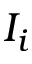
I _ { i }